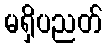
မရှိပညတ်